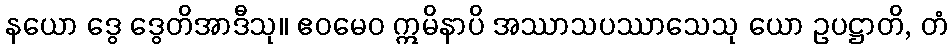
နယော ဒွေ ဒွေတိအာဒီသု။ ဧဝမေဝ ဣမိနာပိ အဿာသပဿာသေသု ယော ဥပဋ္ဌာတိ, တံ